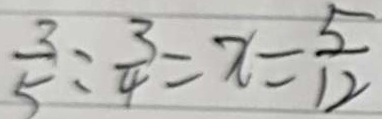
\frac { 3 } { 5 } : \frac { 3 } { 4 } = x = \frac { 5 } { 1 2 }